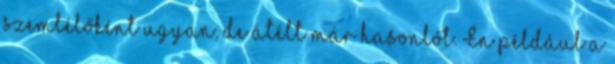
szemlélőként ugyan, de átélt már hasonlót. Én például a